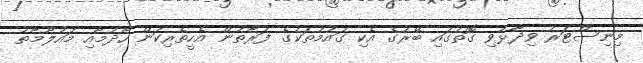
މިނިސްޓަރު ވިދާޅުވި ގޮތުގައި ބޭރުގެ އެކި ގައުމުތަކުގެ ފަރާތުން އެހީތެރިކަން ހޯދުމާއި މައުލޫމާތު